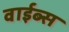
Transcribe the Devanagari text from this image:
वाईब्स